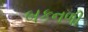
બકનળી